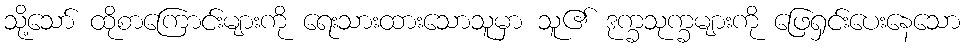
သို့သော် ထိုစာကြောင်းများကို ရေးသားထားသောသူမှာ သူ၏ ဒုက္ခသုက္ခများကို ဖြေရှင်းပေးနေသော